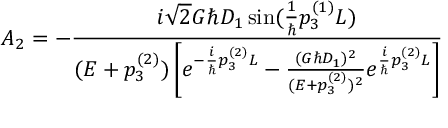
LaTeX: A _ { 2 } = - \frac { i \sqrt { 2 } G \hbar D _ { 1 } \sin ( \frac { 1 } { \hbar } p _ { 3 } ^ { ( 1 ) } L ) } { ( E + p _ { 3 } ^ { ( 2 ) } ) \left[ e ^ { - \frac { i } { \hbar } p _ { 3 } ^ { ( 2 ) } L } - \frac { ( G \hbar D _ { 1 } ) ^ { 2 } } { ( E + p _ { 3 } ^ { ( 2 ) } ) ^ { 2 } } e ^ { \frac { i } { \hbar } p _ { 3 } ^ { ( 2 ) } L } \right] }